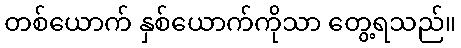
တစ်ယောက် နှစ်ယောက်ကိုသာ တွေ့ရသည်။